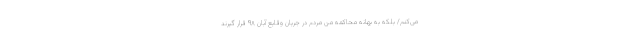
می‌کنم/ بلکه به بهانه محاکمه من مردم در جریان وقایع آبان ۹۸ قرار گیرند